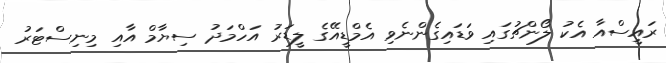
ރައީސްއާ އެކު ލޯންޗުގައި ވަޑައިގެންނެވި އެމްޑީއޭގެ ލީޑަރު އަހްމަދު ސިޔާމް އާއި މިނިސްޓަރު